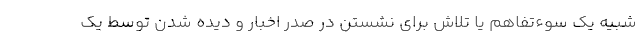
شبیه یک سوءتفاهم یا تلاش برای نشستن در صدر اخبار و دیده شدن توسط یک